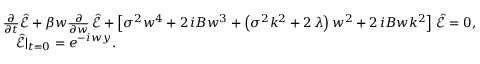
\begin{array} { r l } & { { \frac { \partial } { \partial t } } \hat { \mathcal E } + \beta w { \frac { \partial } { \partial w } } \, \hat { \mathcal E } + \left[ \sigma ^ { 2 } w ^ { 4 } + 2 \, i B { w } ^ { 3 } + \left( \sigma ^ { 2 } { k } ^ { 2 } + 2 \, { \lambda } \right) { w } ^ { 2 } + 2 \, i B w { k } ^ { 2 } \right] \, \hat { \mathcal E } = 0 , } \\ & { \quad \hat { \mathcal E } | _ { t = 0 } = e ^ { - i w y } . } \end{array}